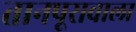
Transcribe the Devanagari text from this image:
तानपूरावाला